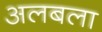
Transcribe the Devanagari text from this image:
अलबला